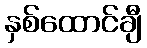
နှစ်ထောင်ချီ